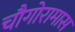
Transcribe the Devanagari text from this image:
चौगोरामास